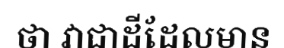
ថា វាជាដីដែលមាន